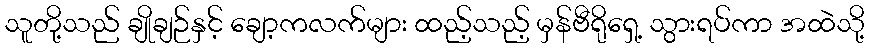
သူတို့သည် ချိုချဉ်နှင့် ချော့ကလက်များ ထည့်သည့် မှန်ဗီရိုရှေ့ သွားရပ်ကာ အထဲသို့